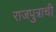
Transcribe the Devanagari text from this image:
राजपुत्राची